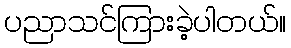
ပညာသင်ကြားခဲ့ပါတယ်။